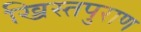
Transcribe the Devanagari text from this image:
ख्रिस्तपुराण